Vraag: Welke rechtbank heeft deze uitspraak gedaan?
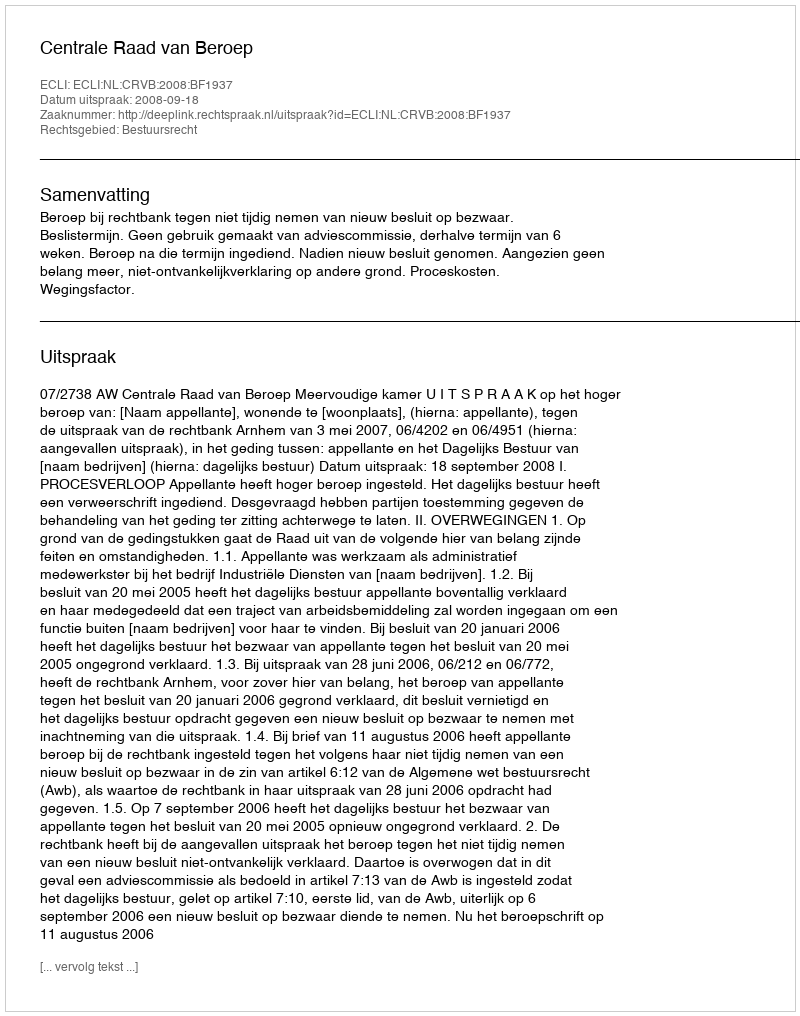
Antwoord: Centrale Raad van Beroep